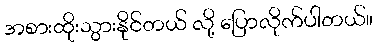
အစားထိုးသွားနိုင်တယ် လို့ ပြောလိုက်ပါတယ်။